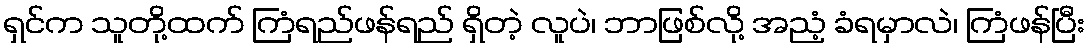
ရှင်က သူတို့ထက် ကြံရည်ဖန်ရည် ရှိတဲ့ လူပဲ၊ ဘာဖြစ်လို့ အညံ့ ခံရမှာလဲ၊ ကြံဖန်ပြီး